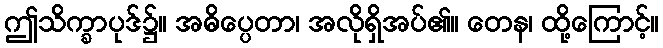
ဤသိက္ခာပုဒ်၌။ အဓိပ္ပေတာ၊ အလိုရှိအပ်၏။ တေန၊ ထို့ကြောင့်။